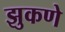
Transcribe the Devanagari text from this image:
झुकणे